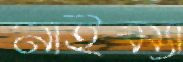
নাইম্যা